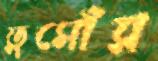
তুসোঁর